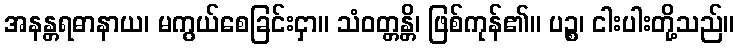
အနန္တရဓာနာယ၊ မကွယ်စေခြင်းငှာ။ သံဝတ္တန္တိ၊ ဖြစ်ကုန်၏။ ပဉ္စ၊ ငါးပါးတို့သည်။